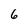
Character: 6